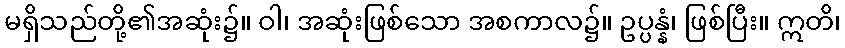
မရှိသည်တို့၏အဆုံး၌။ ဝါ၊ အဆုံးဖြစ်သော အစကာလ၌။ ဥပ္ပန္နံ၊ ဖြစ်ပြီး။ ဣတိ၊